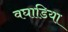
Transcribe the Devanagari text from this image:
वघाडिया